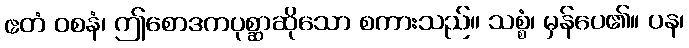
ဧတံ ဝစနံ၊ ဤစောဒကပုစ္ဆာဆိုသော စကားသည်။ သစ္စံ၊ မှန်ပေ၏။ ပန၊